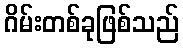
ဂိမ်းတစ်ခုဖြစ်သည်